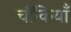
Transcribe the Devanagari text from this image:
चौंकियाँ